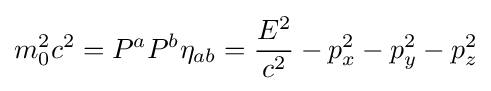
m_{0}^{2}c^{2}=P^{a}P^{b}\eta _{ab}={\frac {E^{2}}{c^{2}}}-p_{x}^{2}-p_{y}^{2}-p_{z}^{2}